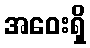
အဝေးရှိ